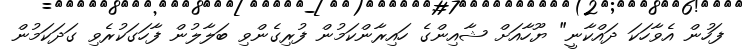
ފަހުން އެވާހަކަ ދައްކާނީ" ޔޫހާއަށް ޝާއިންގެ ހައިރާންކަމުން ފުރިގެންވި ބަލާލުން ފާހަގަކުރެވި ގަދަކަމުން